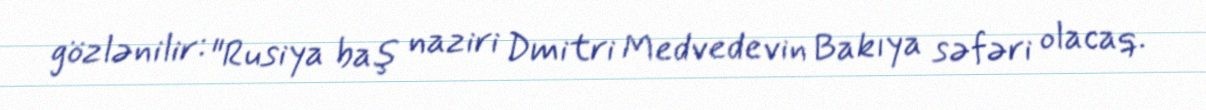
gözlənilir: "Rusiya baş naziri Dmitri Medvedevin Bakıya səfəri olacaq.